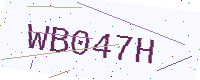
Text: WB047H